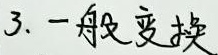
3. 一般变换